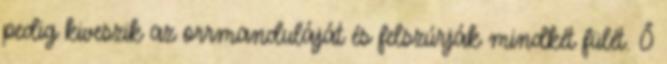
pedig kiveszik az orrmanduláját és felszúrják mindkét fülét. Ő